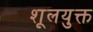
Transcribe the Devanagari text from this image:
शूलयुक्त